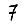
Digit: 7